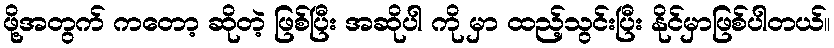
ဖို့အတွက် ကတော့ ဆိုတဲ့ ဖြစ်ပြီး အဆိုပါ ကို မှာ ထည့်သွင်းပြီး နိုင်မှာဖြစ်ပါတယ်။